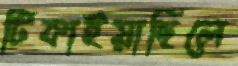
টিকাইয়াছিলে